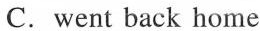
C. went back home